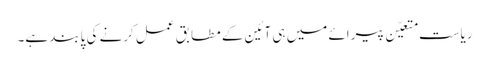
ریاست متعیّن پیرائے میں ہی آئین کے مطابق عمل کرنے کی پابند ہے۔